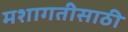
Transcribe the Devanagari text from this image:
मशागतीसाठी